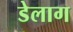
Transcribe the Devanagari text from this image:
डेलाग